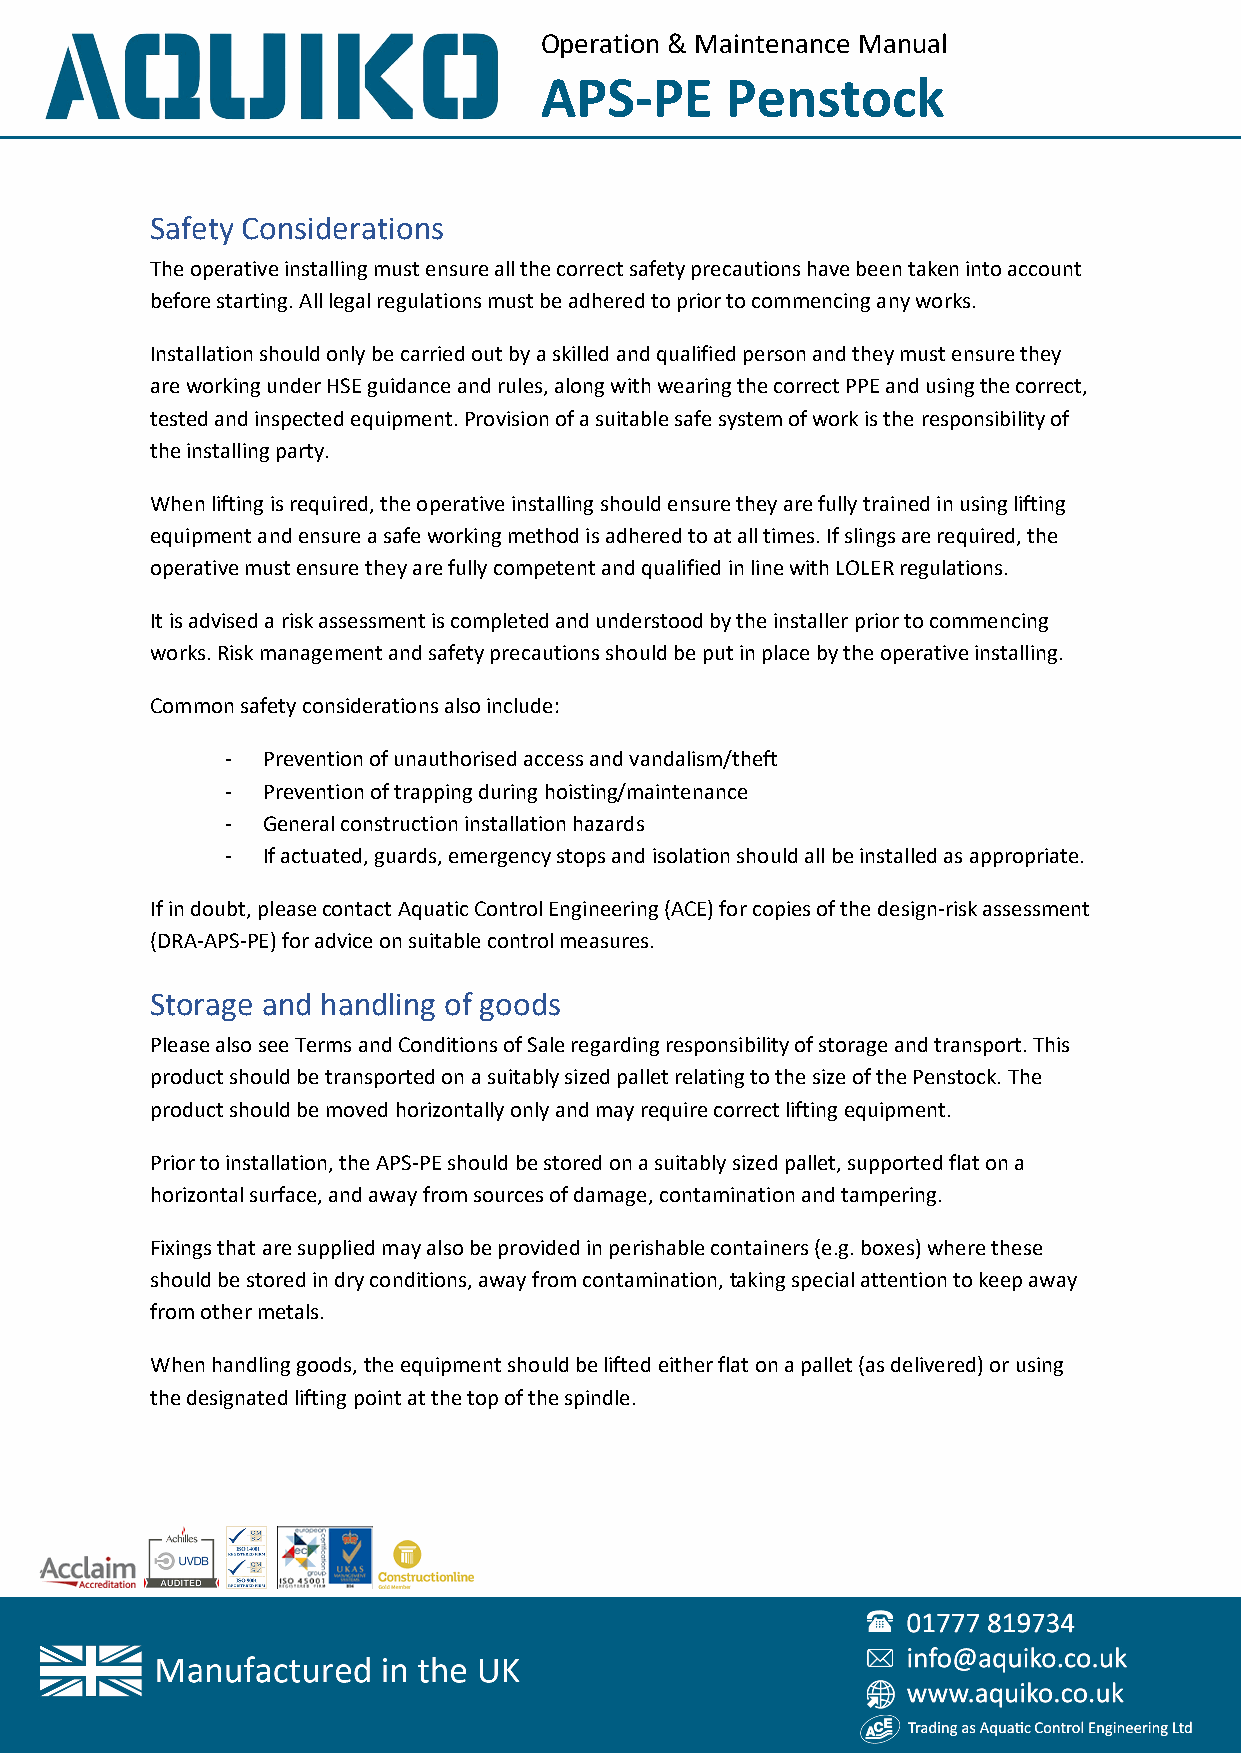
Operation & Maintenance Manual
 APS-PE      Penstock
 Safety Considerations
 The operative installing must ensure all the correct safety precautions have been taken into account
 before starting. All legal regulations must be adhered to prior to commencing any works.
 Installation should only be carried out by a skilled and qualified person and they must ensure they
 are working under HSE guidance and rules, along with wearing the correct PPE and using the correct,
 tested and inspected equipment. Provision of a suitable safe system of work is the responsibility of
 the installing party.
 When lifting is required, the operative installing should ensure they are fully trained in using lifting
 equipment and ensure a safe working method is adhered to at all times. If slings are required, the
 operative must ensure they are fully competent and qualified in line with LOLER regulations.
 It is advised a risk assessment is completed and understood by the installer prior to commencing
 works. Risk management and safety precautions should be put in place by the operative installing.
 Common safety considerations also include:
 - Prevention of unauthorised access and vandalism/theft
 - Prevention of trapping during hoisting/maintenance
 - General construction installation hazards
 - If actuated, guards, emergency stops and isolation should all be installed as appropriate.
 If in doubt, please contact Aquatic Control Engineering (ACE) for copies of the design-risk assessment
 (DRA-APS-PE) for advice on suitable control measures.
 Storage and handling of goods
 Please also see Terms and Conditions of Sale regarding responsibility of storage and transport. This
 product should be transported on a suitably sized pallet relating to the size of the Penstock. The
 product should be moved horizontally only and may require correct lifting equipment.
 Prior to installation, the APS-PE should be stored on a suitably sized pallet, supported flat on a
 horizontal surface, and away from sources of damage, contamination and tampering.
 Fixings that are supplied may also be provided in perishable containers (e.g. boxes) where these
 should be stored in dry conditions, away from contamination, taking special attention to keep away
 from other metals.
 When handling goods, the equipment should be lifted either flat on a pallet (as delivered) or using
 the designated lifting point at the top of the spindle.